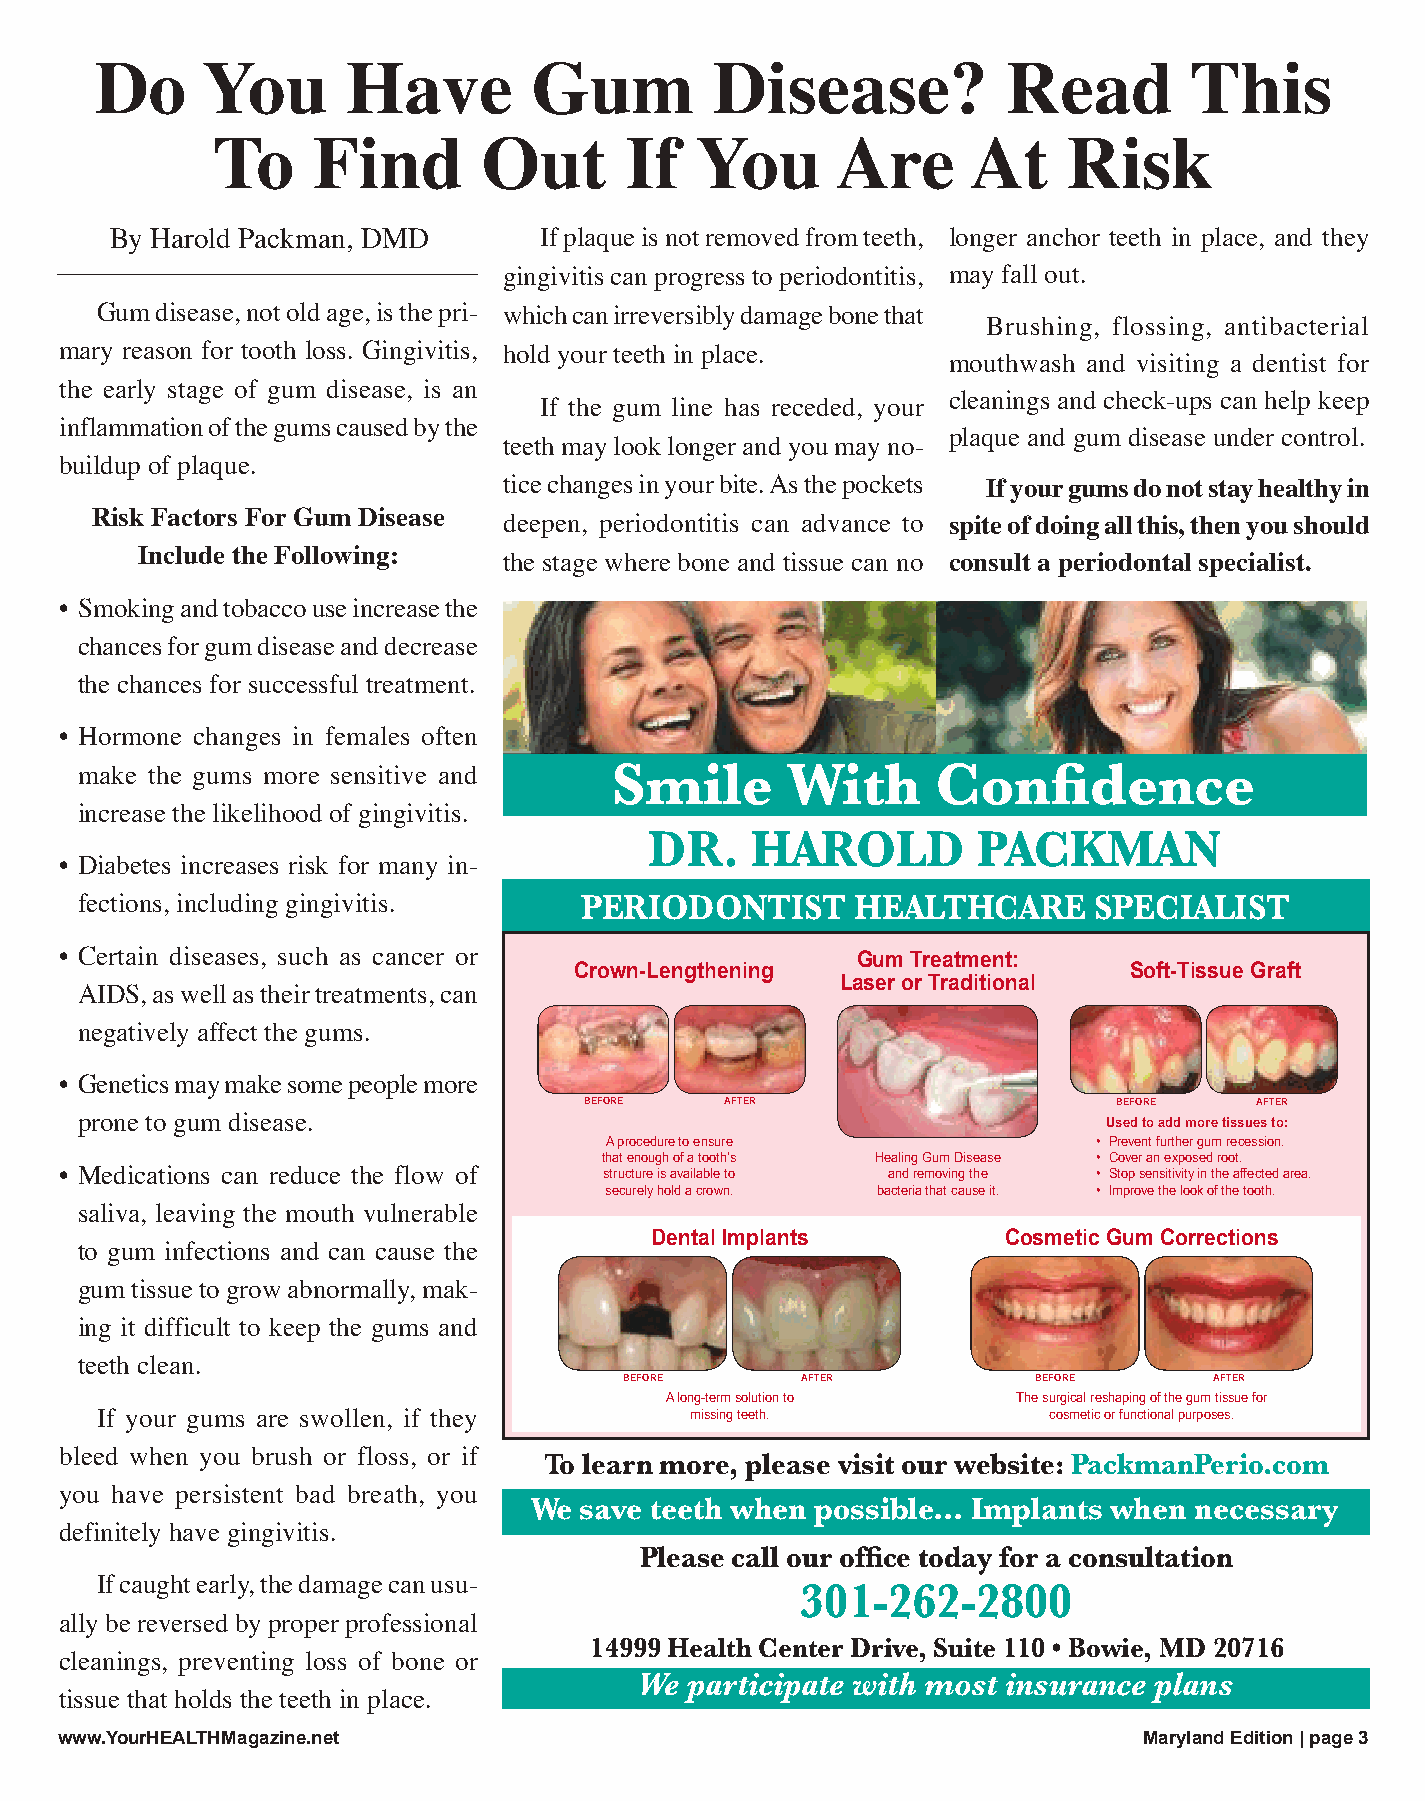
Do     You       Have        Gum         Disease?            Read        This
 To     Find       Out      If   You      Are      At     Risk
 By Harold Packman, DMD       If plaque is not removed from teeth, longer anchor teeth in place, and they
 gingivitis can progress to periodontitis, may fall out.
 Gum disease, not old age, is the pri- which can irreversibly damage bone that
 Brushing, flossing, antibacterial
 mary reason for tooth loss. Gingivitis, hold your teeth in place.
 mouthwash and visiting a dentist for
 the early stage of gum disease, is an
 cleanings and check-ups can help keep
 If the gum line has receded, your
 inflammation of the gums caused by the
 plaque and gum disease under control.
 teeth may look longer and you may no-
 buildup of plaque.
 tice changes in your bite. As the pockets If your gums do not stay healthy in
 Risk Factors For Gum Disease deepen, periodontitis can advance to spite of doing all this, then you should
 Include the Following:
 the stage where bone and tissue can no consult a periodontal specialist.
 • Smoking and tobacco use increase the
 chances for gum disease and decrease
 the chances for successful treatment.
 • Hormone changes in females often
 Smile       With      Confidence
 make the gums more sensitive and
 increase the likelihood of gingivitis.
 Dr.    HarolD         Packman
 • Diabetes increases risk for many in-
 fections, including gingivitis.  PErIoDonTIST       HEalTHcarE     SPEcIalIST
 • Certain diseases, such as cancer or                Gum Treatment:
 Crown-Lengthening                    Soft-Tissue Graft
 Laser or Traditional
 AIDS, as well as their treatments, can
 negatively affect the gums.
 • Genetics may make some people more
 Before   AfTer                     Before   AfTer
 prone to gum disease.                                               Used to add more tissues to:
 A procedure to ensure            • Prevent further gum recession.
 that enough of a tooth’s Healing Gum Disease • Cover an exposed root.
 • Medications can reduce the flow of structure is available to and removing the • Stop sensitivity in the affected area.
 securely hold a crown. bacteria that cause it. • Improve the look of the tooth.
 saliva, leaving the mouth vulnerable
 Dental Implants         Cosmetic Gum Corrections
 to gum infections and can cause the
 gum tissue to grow abnormally, mak-
 ing it difficult to keep the gums and
 teeth clean.
 Before      AfTer           Before     AfTer
 A long-term solution to The surgical reshaping of the gum tissue for
 If your gums are swollen, if they       missing teeth.         cosmetic or functional purposes.
 bleed when you brush or floss, or if To learn more, please visit our website: PackmanPerio.com
 you have persistent bad breath, you
 We save teeth when possible... Implants when necessary
 definitely have gingivitis.
 Please call our office today for a consultation
 If caught early, the damage can usu-           301-262-2800
 ally be reversed by proper professional
 14999 Health Center Drive, Suite 110 • Bowie, MD 20716
 cleanings, preventing loss of bone or
 We participate with most insurance plans
 tissue that holds the teeth in place.
 wwwwww..YYoouurrHHEEAALLTTHHMMaaggaazziinnee..nneett                    Maryland Edition | page 3